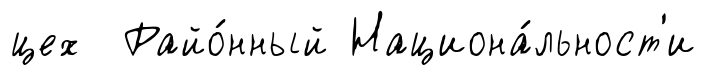
цех Райо́нный Национа́льност'и